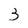
Character: 3